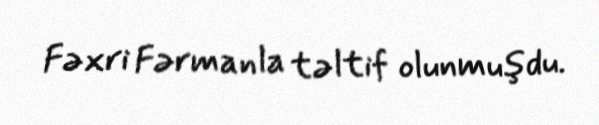
Fəxri Fərmanla təltif olunmuşdu.